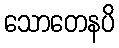
သောတေနပိ